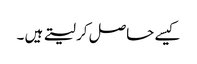
کیسے حاصل کر لیتے ہیں ۔